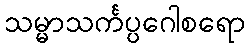
သမ္မာသင်္ကပ္ပဂေါစရော